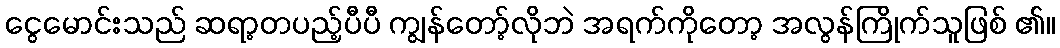
ငွေမောင်းသည် ဆရာ့တပည့်ပီပီ ကျွန်တော့်လိုဘဲ အရက်ကိုတော့ အလွန်ကြိုက်သူဖြစ် ၏။